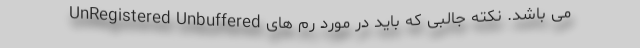
UnRegistered Unbuffered می باشد. نکته جالبی که باید در مورد رم های